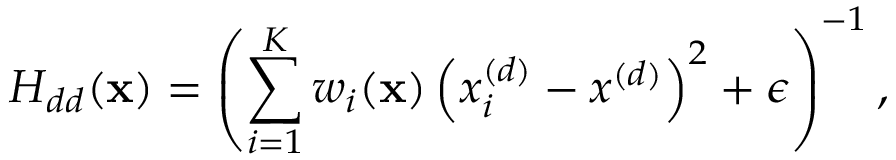
H _ { d d } ( \mathbf { x } ) = \left( \sum _ { i = 1 } ^ { K } w _ { i } ( \mathbf { x } ) \left( x _ { i } ^ { ( d ) } - x ^ { ( d ) } \right) ^ { 2 } + \epsilon \right) ^ { - 1 } ,